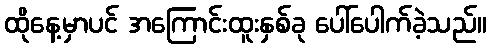
ထိုနေ့မှာပင် အကြောင်းထူးနှစ်ခု ပေါ်ပေါက်ခဲ့သည်။